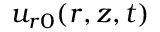
u _ { r 0 } ( r , z , t )